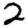
Digit: 2